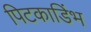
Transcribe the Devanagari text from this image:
पिटकाडिंभ